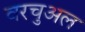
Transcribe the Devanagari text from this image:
वरचुअल